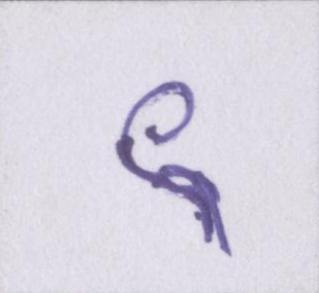
९